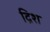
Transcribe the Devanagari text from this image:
द्रिश